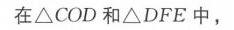
在\(\triangle COD\)和\(\triangle DFE\)中，